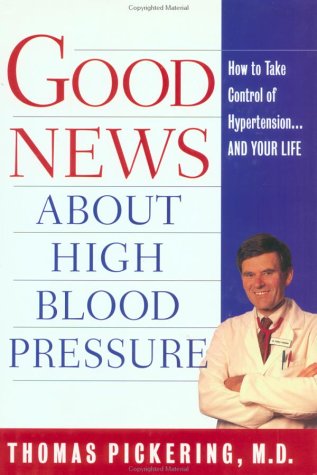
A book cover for Good News About High Blood Pressure: How to Take Control of Hypertension---and Your Life; Thomas Pickering; Health, Fitness & Dieting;